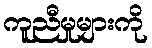
ကူညီမှုများကို